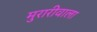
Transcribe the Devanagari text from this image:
मुरारीवाला